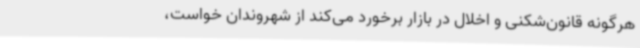
هرگونه قانون‌شکنی و اخلال در بازار برخورد می‌کند از شهروندان خواست،